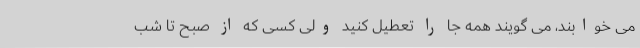
می ‌خوابند، می گویند همه جا را تعطیل کنید ولی کسی که از صبح تا شب